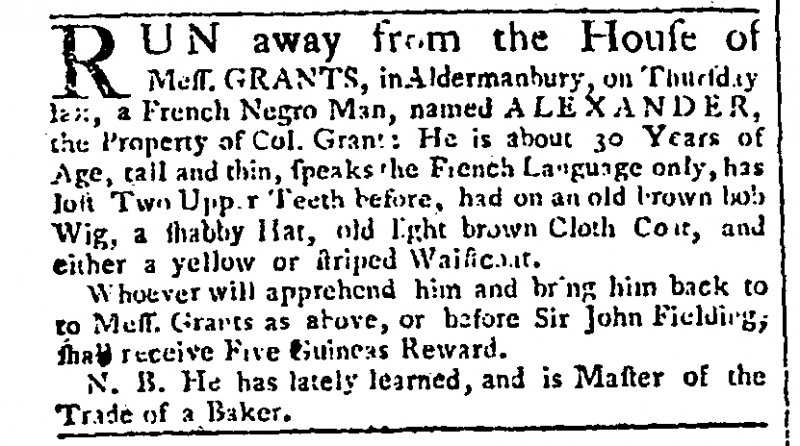
Gazetteer and New Daily Advertiser, 15 May 1764 (England)
RUN away from the House of Mess. GRANTS, in Aldermanbury, on Thursday last, a French Negro Man, named ALEXANDER, the Property of Col. Grant: He is about 30 Years of Age, tall and thin, speaks the French Language only, has lost Two Upper Teeth before, had on an old brown bob Wig, a shabby Hat, old light brown Cloth Coat, and either a yellow or striped Waistcoat.   Whoever will apprehend him and bring him back to to Mess. Grants as above, or before Sir John Fielding, shall receive Five Guineas Reward.   N.B. He has lately learned, and is Master of the Trade of a Baker.